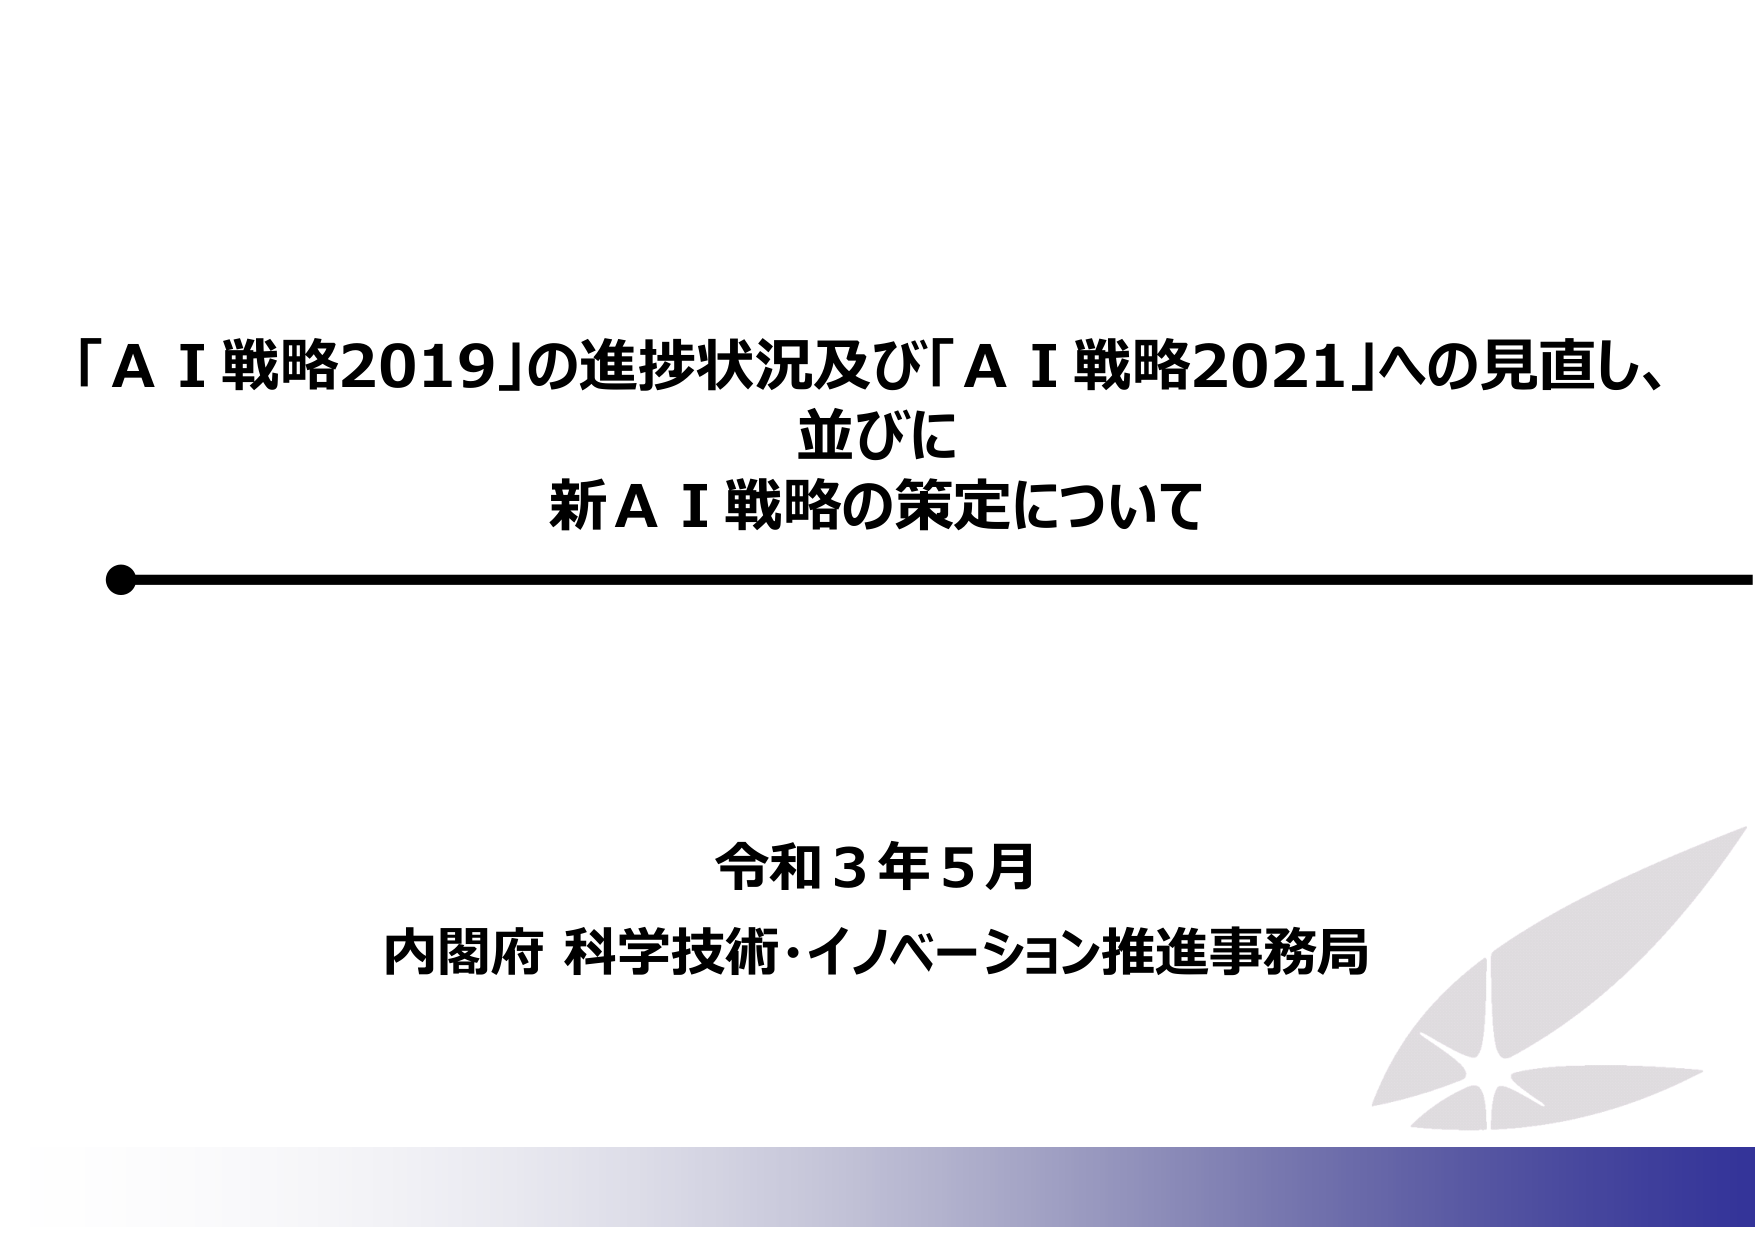
「ＡＩ戦略2019」の進捗状況及び「ＡＩ戦略2021」への見直し、
並びに
新ＡＩ戦略の策定について

令和３年５月
内閣府 科学技術・イノベーション推進事務局